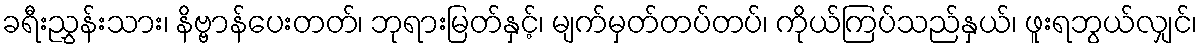
ခရီးညွှန်းသား၊ နိဗ္ဗာန်ပေးတတ်၊ ဘုရားမြတ်နှင့်၊ မျက်မှတ်တပ်တပ်၊ ကိုယ်ကြပ်သည်နှယ်၊ ဖူးရဘွယ်လျှင်၊